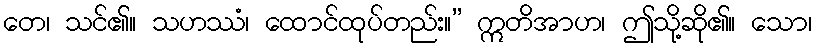
တေ၊ သင်၏။ သဟဿံ၊ ထောင်ထုပ်တည်း။” ဣတိအာဟ၊ ဤသို့ဆို၏။ သော၊